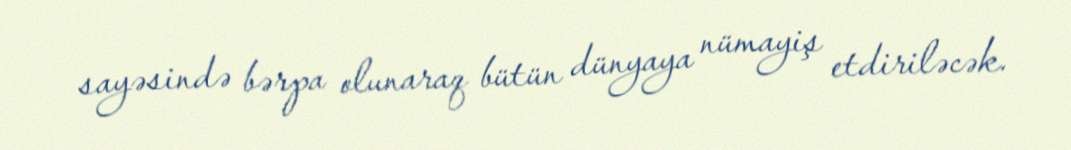
sayəsində bərpa olunaraq bütün dünyaya nümayiş etdiriləcək.